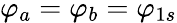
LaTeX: \varphi_{a}=\varphi_{b}=\varphi_{1s}